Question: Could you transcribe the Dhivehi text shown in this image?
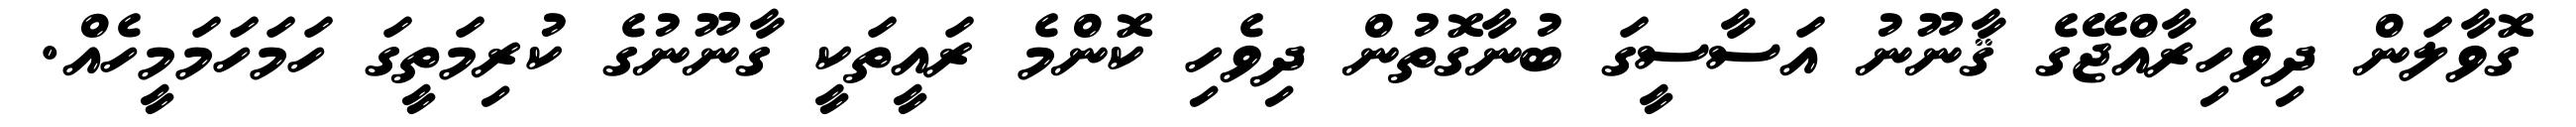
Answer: ގޮވާލަން ދިވެހިރާއްޖޭގެ ޤާނޫނު އަސާސީގަ ބުނާގޮތުން ދިވެހި ކޮންމެ ރައީތަކީ ގާނޫނުގެ ކުރިމަތީގަ ހަމަހަމަމީހެއް.